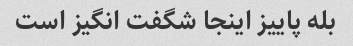
بله پاییز اینجا شگفت انگیز است